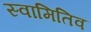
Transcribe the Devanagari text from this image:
स्वामितिव